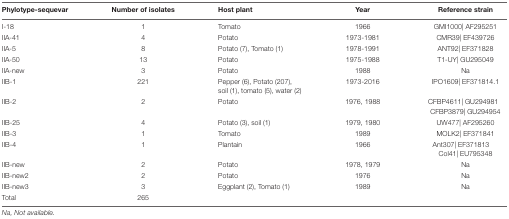
<table><thead><tr><td><b>Phylotype-sequevar</b></td><td><b>Number of isolates</b></td><td><b>Host plant</b></td><td><b>Year</b></td><td><b>Reference strain</b></td></tr></thead><tbody><tr><td>I-18</td><td>1</td><td>Tomato</td><td>1966</td><td>GMI1000| AF295251</td></tr><tr><td>IIA-41</td><td>4</td><td>Potato</td><td>1973-1981</td><td>CMR39| EF439726</td></tr><tr><td>IIA-5</td><td>8</td><td>Potato (7), Tomato (1)</td><td>1978-1991</td><td>ANT92| EF371828</td></tr><tr><td>IIA-50</td><td>13</td><td>Potato</td><td>1975-1988</td><td>T1-UY| GU295049</td></tr><tr><td>IIA-new</td><td>3</td><td>Potato</td><td>1988</td><td>Na</td></tr><tr><td>IIB-1</td><td>221</td><td>Pepper (6), Potato (207), soil (1), tomato (5), water (2)</td><td>1973-2016</td><td>IPO1609| EF371814.1</td></tr><tr><td>IIB-2</td><td>2</td><td>Potato</td><td>1976, 1988</td><td>CFBP4611| GU294981 CFBP3879| GU294954</td></tr><tr><td>IIB-25</td><td>4</td><td>Potato (3), soil (1)</td><td>1979, 1980</td><td>UW477| AF295260</td></tr><tr><td>IIB-3</td><td>1</td><td>Tomato</td><td>1989</td><td>MOLK2| EF371841</td></tr><tr><td>IIB-4</td><td>1</td><td>Plantain</td><td>1966</td><td>Ant307| EF371813 Col41| EU795348</td></tr><tr><td>IIB-new</td><td>2</td><td>Potato</td><td>1978, 1979</td><td>Na</td></tr><tr><td>IIB-new2</td><td>2</td><td>Potato</td><td>1976</td><td>Na</td></tr><tr><td>IIB-new3</td><td>3</td><td>Eggplant (2), Tomato (1)</td><td>1989</td><td>Na</td></tr><tr><td>Total</td><td>265</td><td></td><td></td><td></td></tr></tbody></table>